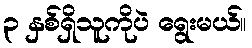
၃ နှစ်ရှိသူကိုပဲ ရွေးမယ်။